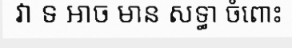
វា ទ អាច មាន សទ្ធា ចំពោះ